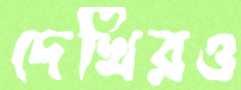
দেখিরও